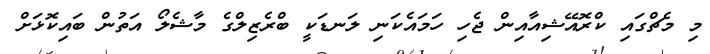
މި މެޗްގައި ކްރޮއޭޝިއާއިން ޖެހި ހަމައެކަނި ލަނޑަކީ ބްރެޒިލްގެ މާޝެލޯ އަތުން ބައިކޮޅަށް